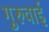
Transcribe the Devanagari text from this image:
गुरुवाई